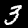
Digit: 3